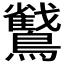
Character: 𮭜